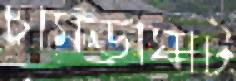
চামড়াঘাট